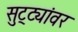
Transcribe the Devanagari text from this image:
सुट्ट्यांवर